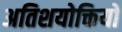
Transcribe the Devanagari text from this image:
अतिशयोक्तियों